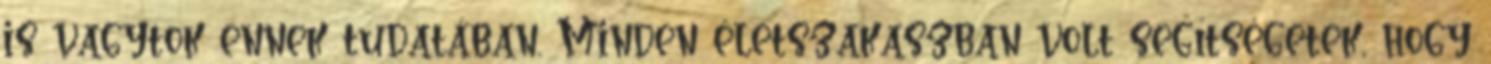
is vagytok ennek tudatában. Minden életszakaszban volt segítségetek, hogy